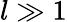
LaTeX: l\gg{1}